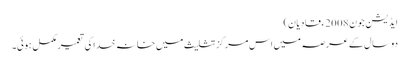
ایڈیشن جون 2008ء قادیان)
دو سال کے عرصہ میں اس مرکز تثلیث میں خانہ خدا کی تعمیر مکمل ہوئی۔